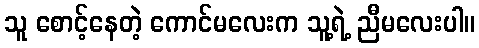
သူ စောင့်နေတဲ့ ကောင်မလေးက သူ့ရဲ့ ညီမလေးပါ။